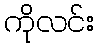
ကိုလင်း